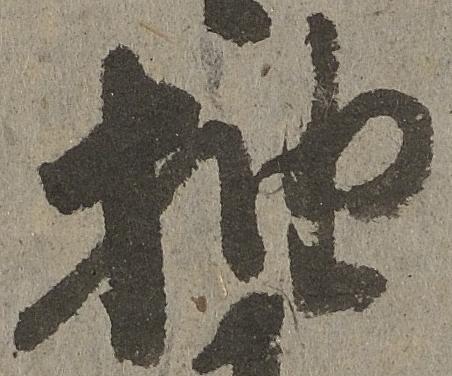
抽